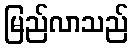
မြည်လာသည်